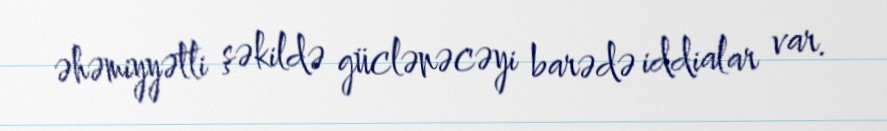
əhəmiyyətli şəkildə güclənəcəyi barədə iddialar var.